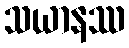
သယာနဿ